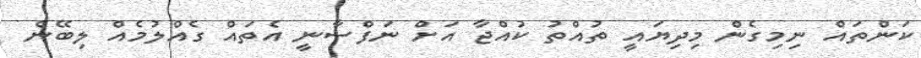
ކަންތައް ނިމިގެން މިދިޔައީ ތުއްތު ކުއްޖާ އަށް ނަފްސާނީ އެތައް ގެއްލުމެއް ލިބޭނެ